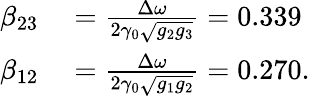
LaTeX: \begin{array}{rl}{\beta_{23}}&{{}=\frac{\Delta\omega}{2\gamma_{0}\sqrt{g_{2}g_{3}}}=0.339}\\ {\beta_{12}}&{{}=\frac{\Delta\omega}{2\gamma_{0}\sqrt{g_{1}g_{2}}}=0.270.}\end{array}